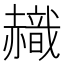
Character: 𧹹